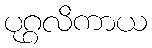
ပုဂ္ဂလိကာယ